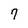
Character: 7